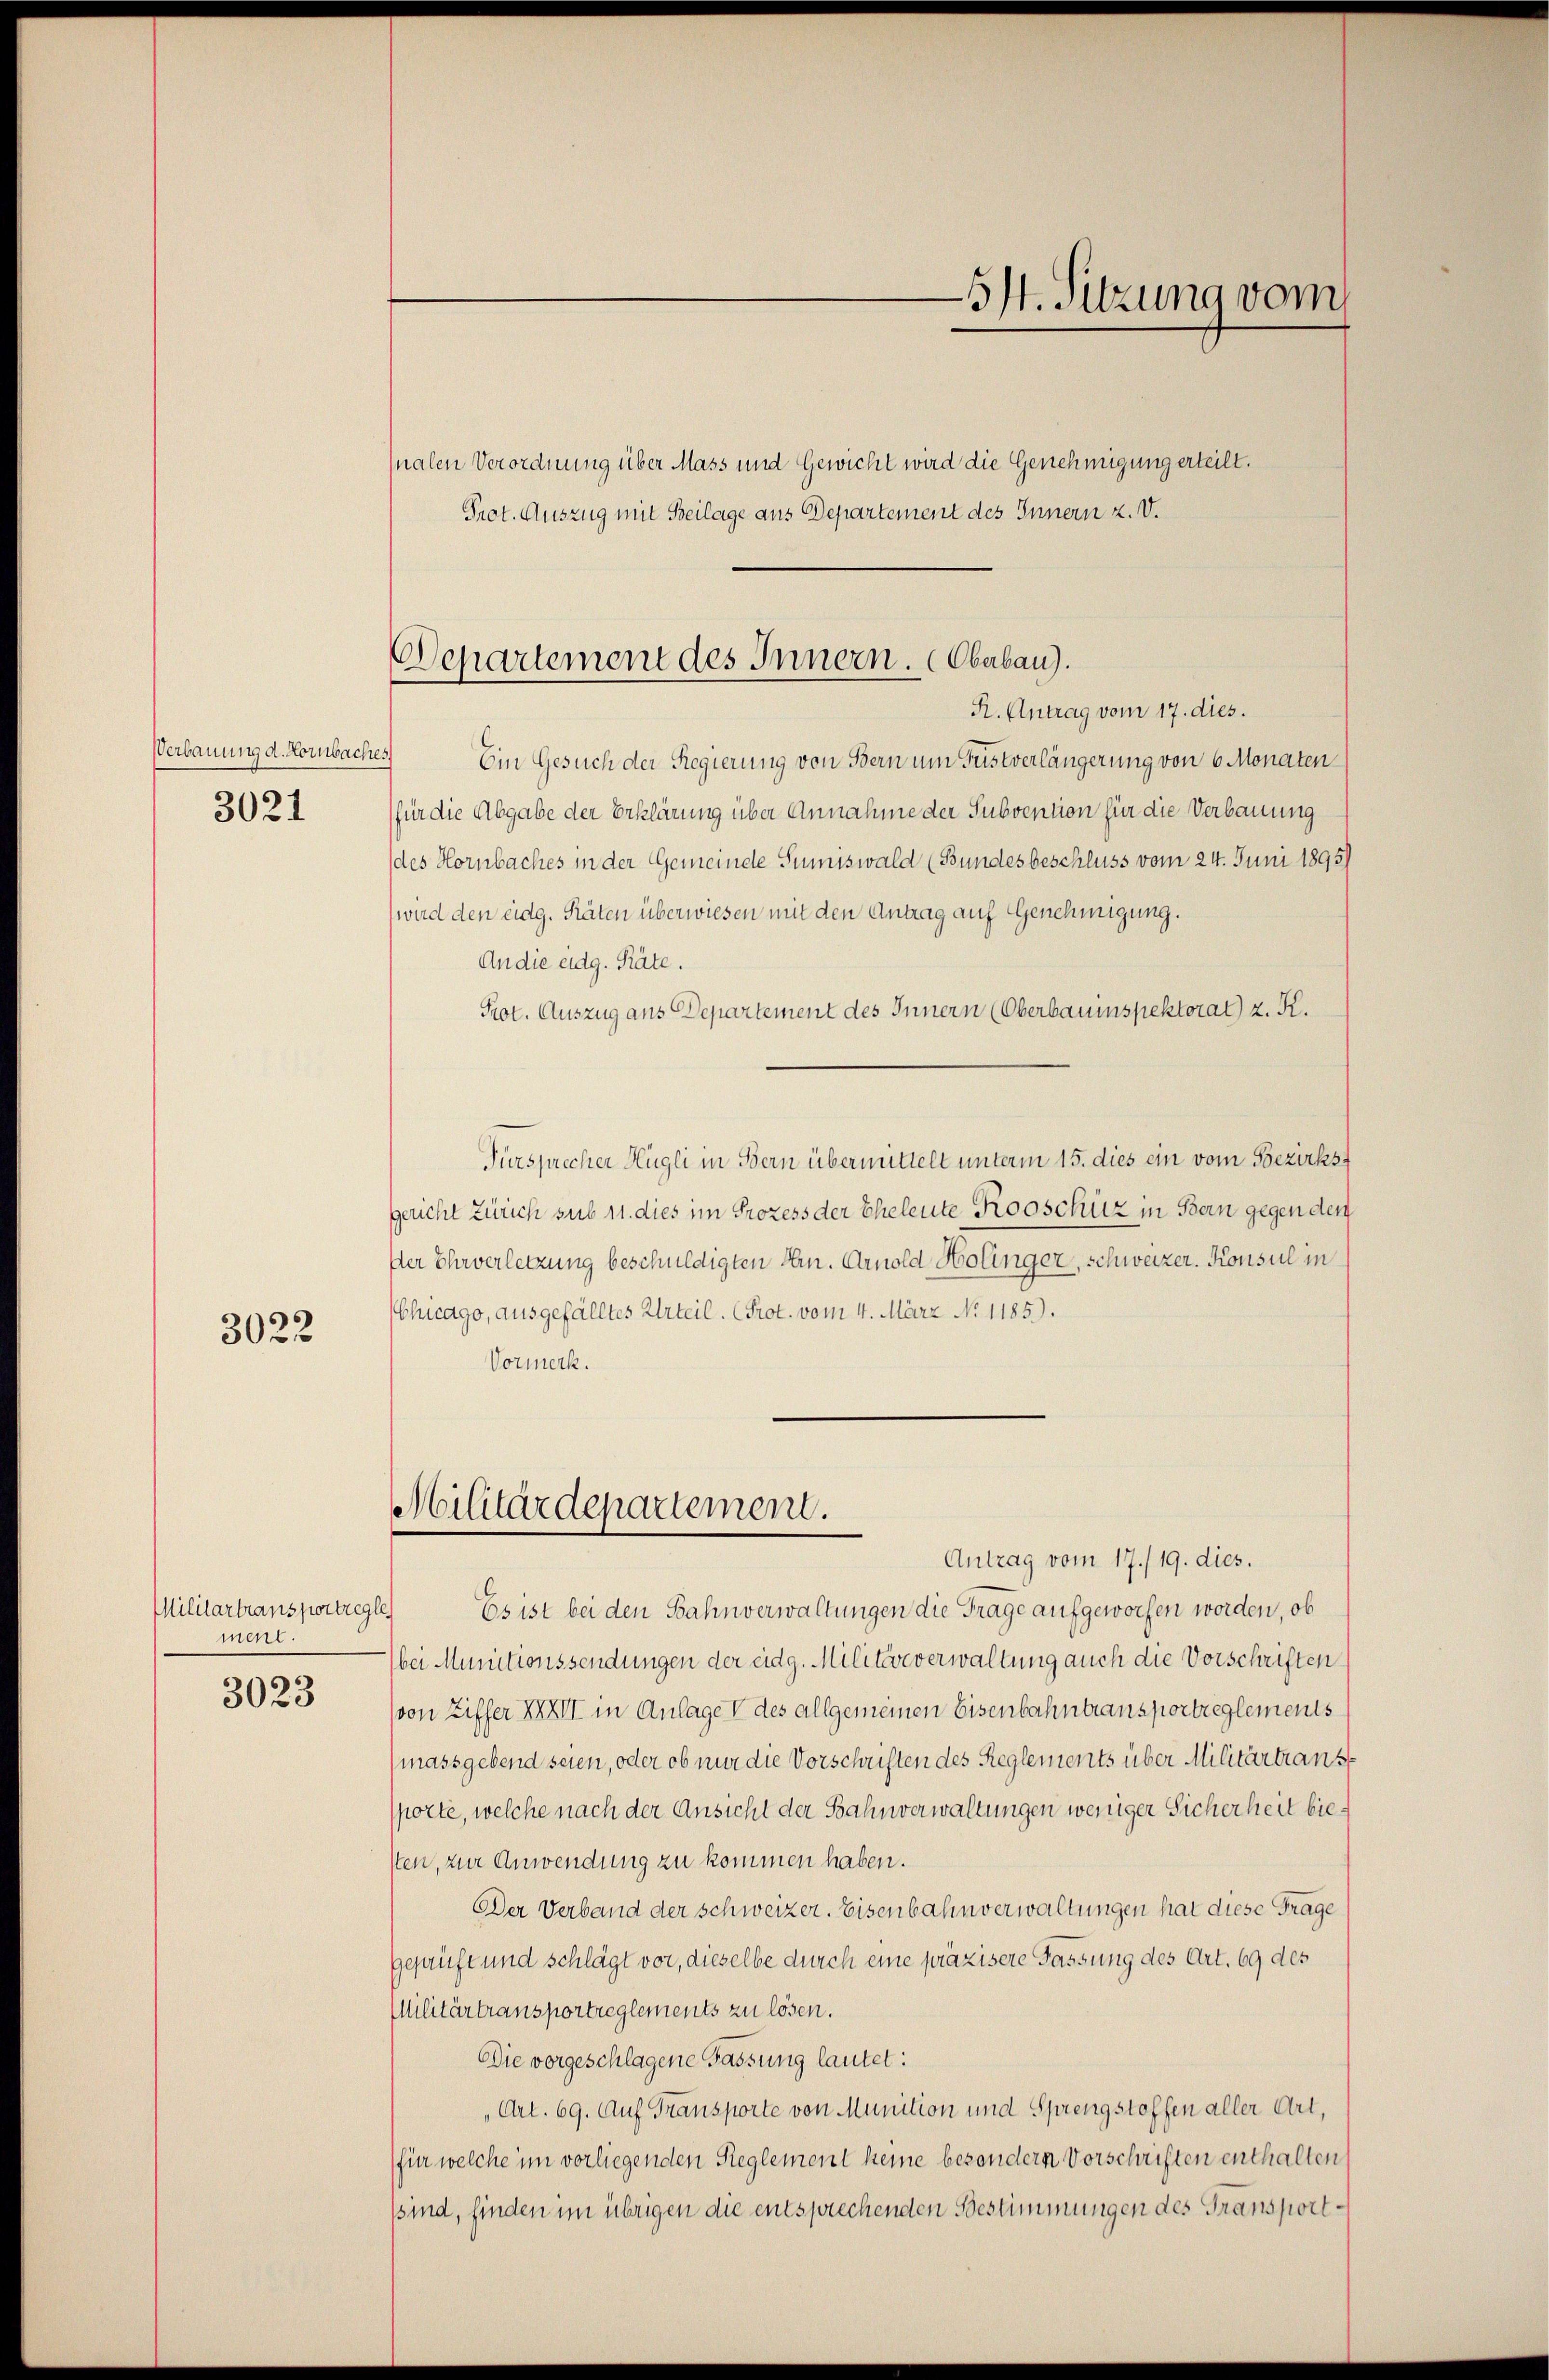
Verbauung d. Hornbach
3021

3022

Militartransportregle
ment.
3023

nalen Verordnung über Mass und Gewicht wird die Genehmigung erteilt.
Prot. Auszug mit Beilage aus Departement des Innern z. V.

Departement des Innern. Oberbau).
R. Antrag vom 17. dies.

Ein Gesuch der Regierung von Bern um Füstverlängerung von 6 Monaten
(für die Abgabe der Erklärung über Annahme der Subvention für die Verbauung
des Hornbaches in der Gemeinde Tumiswald (Bundesbeschluss vom 24. Juni 1895)
(wird den eidg. Räten überwiesen mit den Antrag auf Genehmigung.
An die eidg. Räte.
Prot. Auszug aus Departement des Innern (Oberbauinspektorat) z. K.
Tursprecher Hügli in Bern übermittelt unterm 15. dies ein vom Bezirks
gericht Zürich sub 11. dies im Prozess der Eheleute Rooschüz in Bern gegen den
Der Ehrverletzung beschuldigten Hrn. Arnold Holinger, schweizer. Konsul in
Chuago, ausgefälltes Urteil. (Prot. vom 4. März No 1185).
Vormerk.

Militärdepartement.

—574. Sitzung vom

Antrag vom 17./19. dies.
Es ist bei den Bahnverwaltungen die Frage aufgeworfen worden, ob
bei Munitionssendungen der eidg. Militärverwaltung auch die Vorschriften
(von Ziffer XXXII in Anlage des allgemeinen Eisenbahntransportreglements
(massgebend seien, oder ob nur die Vorschriften des Reglements über Militärtranst
sporte, welche nach der Ansicht der Bahnverwaltungen weniger Sicherheit biesten, zur Anwendung zu kommen haben.
Der Verband der schweizer. Eisenbahnverwaltungen hat diese Frage
geprüft und schlägt vor, dieselbe durch eine präzisere Fassung des Art. 69 des
Militärtransportreglements zu lösen.
Die vorgeschlagene Fassung lautet:
„Art. 69. Auf Transporte von Munition und Sprengstoffen aller Art,
(für welche im vorliegenden Reglement keine besondern Vorschriften enthalten
sind, finden im übrigen die entsprechenden Bestimmungen des Transport¬